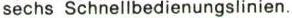
sechs Schnellbedienungslinien.